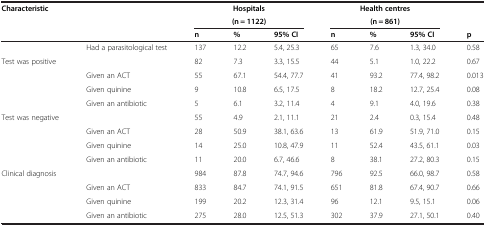
| <ROWSPAN=3-COLSPAN=2> Characteristic |  | Hospitals |  | <COLSPAN=2> Health centres |  | <ROWSPAN=2>  |
 |  | (n = 1122) |  | <COLSPAN=2> (n = 861) |  |
 | n | % | 95% CI | n | % | 95% CI | p |
 | --- | --- | --- | --- | --- | --- | --- | --- | --- |
 |  | Had a parasitological test | 137 | 12.2 | 5.4, 25.3 | 65 | 7.6 | 1.3, 34.0 | 0.58 |
 | <ROWSPAN=4> Test was positive |  | 82 | 7.3 | 3.3, 15.5 | 44 | 5.1 | 1.0, 22.2 | 0.67 |
 | Given an ACT | 55 | 67.1 | 54.4, 77.7 | 41 | 93.2 | 77.4, 98.2 | 0.013 |
 | Given quinine | 9 | 10.8 | 6.5, 17.5 | 8 | 18.2 | 12.7, 25.4 | 0.08 |
 | Given an antibiotic | 5 | 6.1 | 3.2, 11.4 | 4 | 9.1 | 4.0, 19.6 | 0.38 |
 | <ROWSPAN=4> Test was negative |  | 55 | 4.9 | 2.1, 11.1 | 21 | 2.4 | 0.3, 15.4 | 0.48 |
 | Given an ACT | 28 | 50.9 | 38.1, 63.6 | 13 | 61.9 | 51.9, 71.0 | 0.15 |
 | Given quinine | 14 | 25.0 | 10.8, 47.9 | 11 | 52.4 | 43.5, 61.1 | 0.03 |
 | Given an antibiotic | 11 | 20.0 | 6.7, 46.6 | 8 | 38.1 | 27.2, 80.3 | 0.15 |
 | <ROWSPAN=4> Clinical diagnosis |  | 984 | 87.8 | 74.7, 94.6 | 796 | 92.5 | 66.0, 98.7 | 0.58 |
 | Given an ACT | 833 | 84.7 | 74.1, 91.5 | 651 | 81.8 | 67.4, 90.7 | 0.66 |
 | Given quinine | 199 | 20.2 | 12.3, 31.4 | 96 | 12.1 | 9.5, 15.1 | 0.06 |
 | Given an antibiotic | 275 | 28.0 | 12.5, 51.3 | 302 | 37.9 | 27.1, 50.1 | 0.40 |